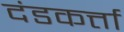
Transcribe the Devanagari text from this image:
दंडकर्त्ता